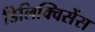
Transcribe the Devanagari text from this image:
डिलिक्विसेंस